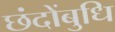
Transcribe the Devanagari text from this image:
छंदोंबुधि